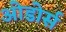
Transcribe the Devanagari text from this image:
ओडोर्स